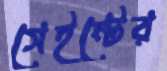
সেইন্টের